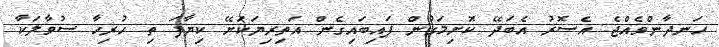
ހަނދާންވެއްޖެ އެސޮރު އެބަދޭ ކޮށިމަގުން ފައިބައިގެން އަތިރިޔަކަށޭ ކިޔާފަ ތި ހުރިހާ ސުވާލަކާ